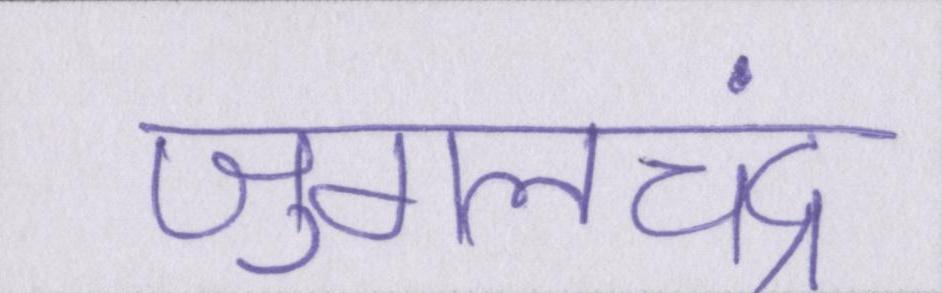
जुगलचंद्र